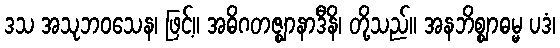
ဒသ အသုဘဝသေန၊ ဖြင့်။ အဓိဂတဇ္ဈာနာဒီနိ၊ တို့သည်။ အနဘိစ္ဈာဓမ္မ ပဒံ၊